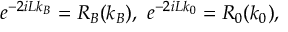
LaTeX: e ^ { - 2 i L k _ { B } } = R _ { B } ( k _ { B } ) , \ e ^ { - 2 i L k _ { 0 } } = R _ { 0 } ( k _ { 0 } ) ,